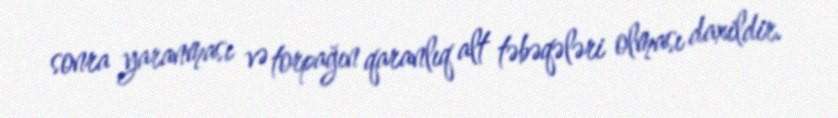
sonra yaranması və torpağın qaranlıq alt təbəqələri olması daxildir.